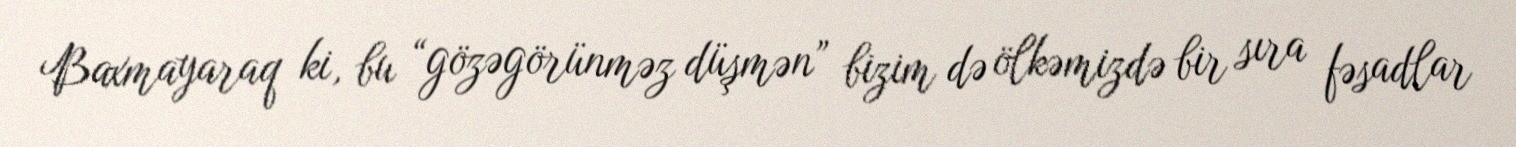
Baxmayaraq ki, bu “gözəgörünməz düşmən” bizim də ölkəmizdə bir sıra fəsadlar